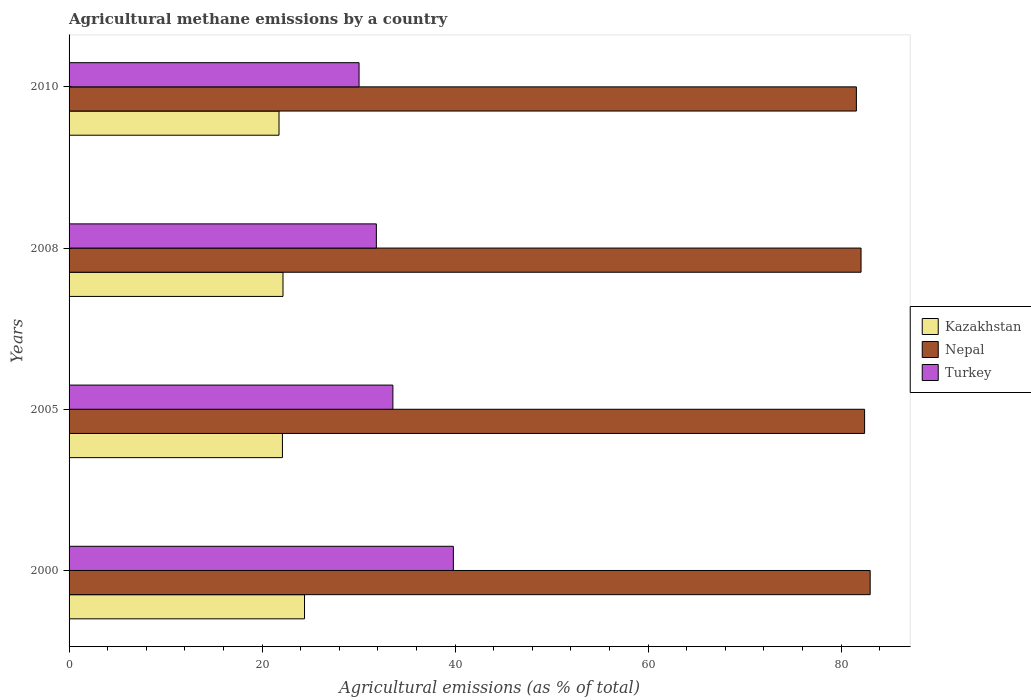
| Years | Kazakhstan | Nepal | Turkey |
 | --- | --- | --- | --- |
 | 2000 | 24.4 | 83 | 39.8 |
 | 2005 | 22.1 | 82.4 | 33.6 |
 | 2008 | 22.2 | 82.1 | 31.8 |
 | 2010 | 21.8 | 81.6 | 30.1 |